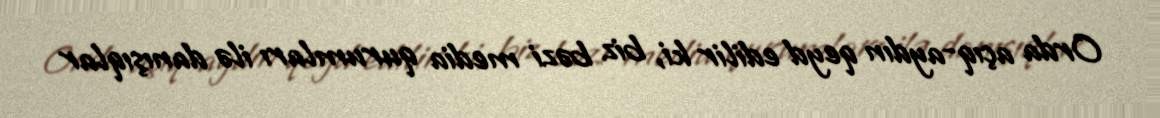
Orda açıq-aydın qeyd edilir ki, biz bəzi media qurumları ilə danışıqlar